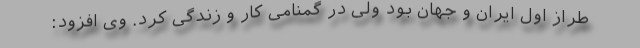
طراز اول ایران و جهان بود ولی در گمنامی کار و زندگی کرد. وی افزود: